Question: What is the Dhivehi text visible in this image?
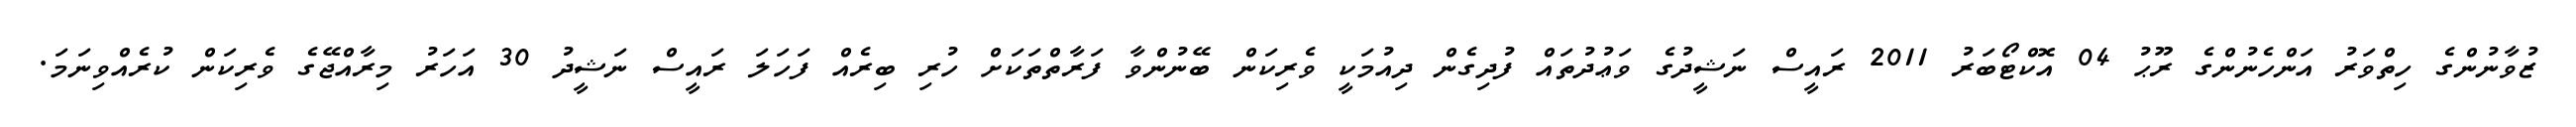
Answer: ޒުވާނުންގެ ހިތްވަރު އަންހެނުންގެ ރޫޙު 04 އޮކްޓޯބަރު 2011 ރައީސް ނަޝީދުގެ ވަޢުދުތައް ފުދިގެން ދިއުމަކީ ވެރިކަން ބޭނުންވާ ފަރާތްތަކަށް ހުރި ބިރެއް ފަހަލަ ރައީސް ނަޝީދު 30 އަހަރު މިރާއްޖޭގެ ވެރިކަން ކުރެއްވިނަމަ.